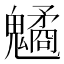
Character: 䰬